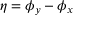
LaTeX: \eta = \phi _ { y } - \phi _ { x }